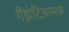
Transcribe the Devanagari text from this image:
गॅझेटिअरमध्ये